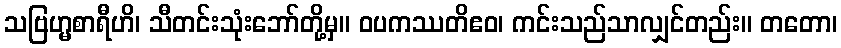
သဗြဟ္မစာရီဟိ၊ သီတင်းသုံးဘော်တို့မှ။ ဝပကဿတိဧဝ၊ ကင်းသည်သာလျှင်တည်း။ တတော၊